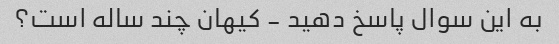
به این سوال پاسخ دهید - کیهان چند ساله است؟